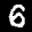
Label: 6